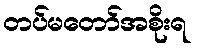
တပ်မတော်အစိုးရ